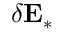
\delta \mathbf { E } _ { * }